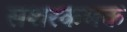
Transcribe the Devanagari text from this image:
सशरकमक